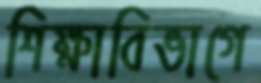
শিক্ষাবিভাগে